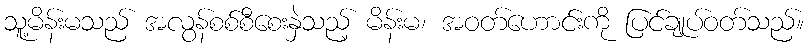
သူ့မိန်းမသည် အလွန်စစ်စီစေးနှဲသည့် မိန်းမ၊ အဝတ်ဟောင်းကို ပြင်ချုပ်ဝတ်သည်။